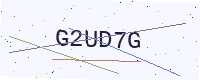
Text: G2UD7G